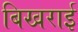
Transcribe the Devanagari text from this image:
बिखराई